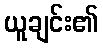
ယူချင်း၏